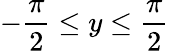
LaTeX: -{\frac{\pi}{2}}\leq y\leq{\frac{\pi}{2}}